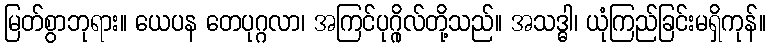
မြတ်စွာဘုရား။ ယေပန တေပုဂ္ဂလာ၊ အကြင်ပုဂ္ဂိုလ်တို့သည်။ အသဒ္ဓါ၊ ယုံကြည်ခြင်းမရှိကုန်။